Rangoon Lunatic Asylum 1893-1897 - 1893-1897
Year: 1893
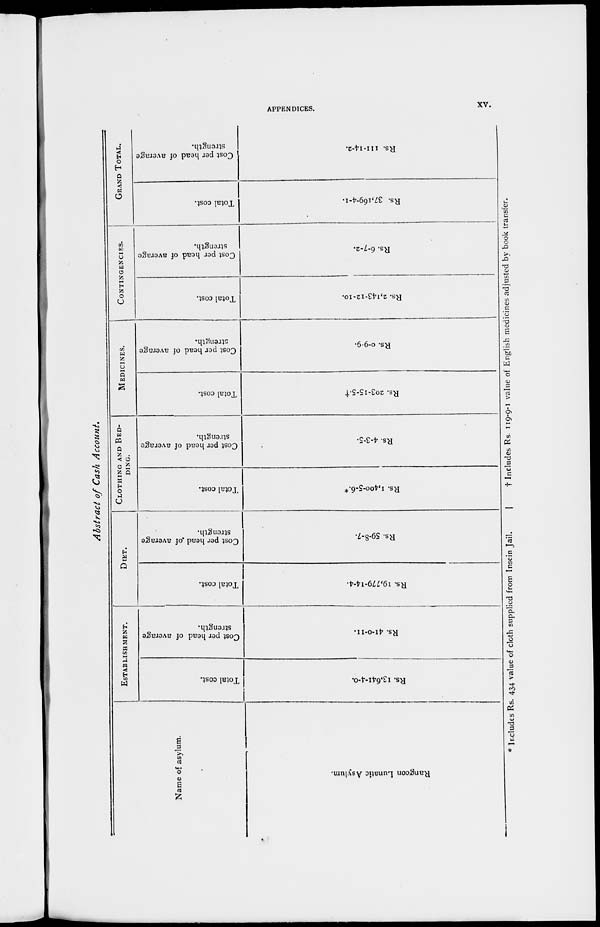
APPENDICES.
xv.
Abstract of Cash Account.
Name of asylum.
Rangoon Lunatic Asylum.
ESTABLISHMENT.
Total cost.
Rs. 13,641-4-0.
Cost per head of average
strength.
Rs. 41-0-11.
DIET.
Total cost.
Rs. 19,779-14-4.
Cost per head of average
strength.
Rs. 59-8-7.
CLOTHING AND BED-
----.
Total cost.
Rs. 1,400-5-6.*
Cost per head of average
strength.
Rs. 4-3-5.
MEDICINES.
Total cost.
Rs. 203-15-5.†
Cost per head of average
strength.
Rs. 0-9-9.
CONTINGENCIES.
Total cost.
Rs. 2,143-12-10.
Cost per head of average
strength.
Rs. 6-7-2.
GRAND TOTAL.
Total cost.
Rs. 37,169-4-1.
Cost per head of average
strength.
Rs. 111-14-2.
* Includes Rs. 434 value of cloth supplied from Insein Jail.
† Includes Rs. 119-9-1 value of English medicines adjusted by book transfer.